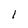
Character: 1